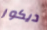
ديكور